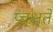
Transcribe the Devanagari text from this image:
प्रचक्षते